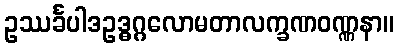
ဥဿင်္ခပါဒဥဒ္ဓဂ္ဂလောမတာလက္ခဏဝဏ္ဏနာ။